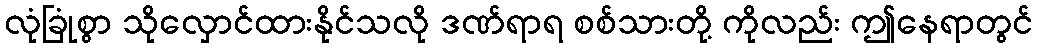
လုံခြုံစွာ သိုလှောင်ထားနိုင်သလို ဒဏ်ရာရ စစ်သားတို့ ကိုလည်း ဤနေရာတွင်